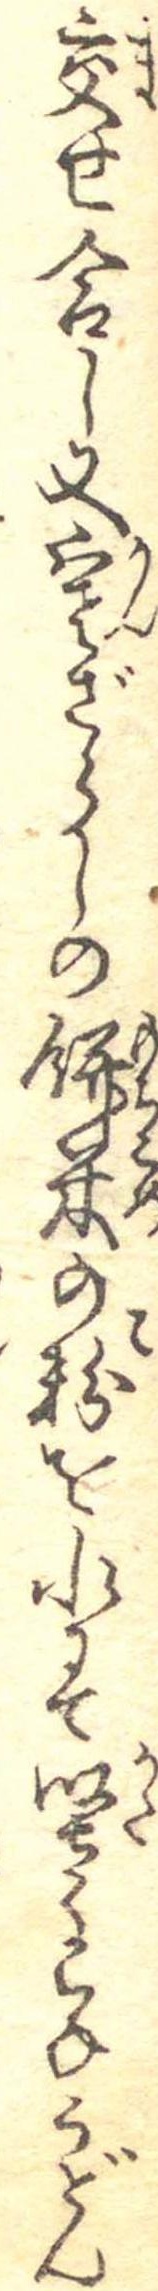
交せ合し又寒ざらしの餅米の粉を水にて堅くこねうどん